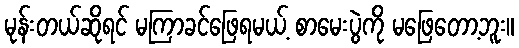
မုန်းတယ်ဆိုရင် မကြာခင်ဖြေရမယ့် စာမေးပွဲကို မဖြေတော့ဘူး။